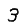
Digit: 3